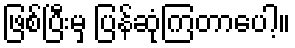
ဖြစ်ပြီးမှ ပြန်ဆုံကြတာပေါ့။